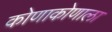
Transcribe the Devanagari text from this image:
कोणाकोणाला